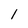
Character: l